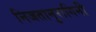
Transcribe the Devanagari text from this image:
निजतानुरागिनी